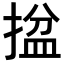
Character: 𢱔